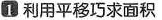
①利用平移巧求面积